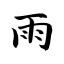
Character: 雨